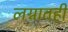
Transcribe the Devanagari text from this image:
लग्नातही